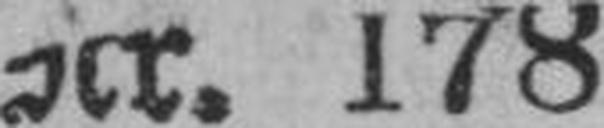
Nr. 178